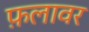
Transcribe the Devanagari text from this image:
फ़लावर